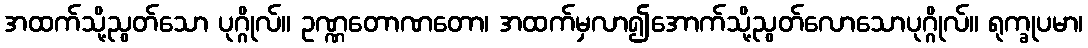
အထက်သို့ညွတ်သော ပုဂ္ဂိုလ်။ ဥဏ္ဏတောဏတော၊ အထက်မှလာ၍အောက်သို့ညွတ်လောသောပုဂ္ဂိုလ်။ ရုက္ခုပမာ၊